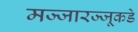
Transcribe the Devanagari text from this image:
मज्जारज्जूकडे